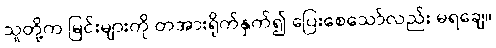
သူတို့က မြင်းများကို တအားရိုက်နှက်၍ ပြေးစေသော်လည်း မရချေ။